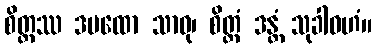
စိတ္တဿ ဒမထော သာဓု၊ စိတ္တံ ဒန္တံ သုခါဝဟံ။